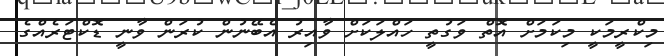
މިކްރީމަކީ މިކަމަށް އޮތް ވަގުތީ ހައްލަކަށް ވާއިރު އެބޭނުން ކުރަން ވާނީ ޑޮކްޓަރެއްގެ